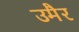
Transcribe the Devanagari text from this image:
उमैर